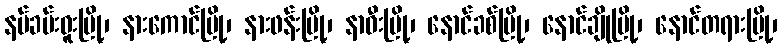
နမ်ခမ်းဝူးမြို့၊ နားကောင်မြို့၊ နားဖန်းမြို့၊ နာဝီးမြို့၊ နောင်ခစ်မြို့၊ နောင်ချိုမြို့၊ နောင်တရားမြို့၊